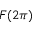
F ( 2 \pi )